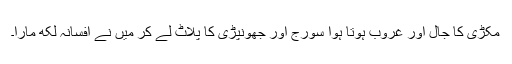
مکڑی کا جال اور غروب ہوتا ہوا سورج اور جھونپڑی کا پلاٹ لے کر میں نے افسانہ لکھ مارا۔